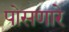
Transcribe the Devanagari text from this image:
पोसणारे